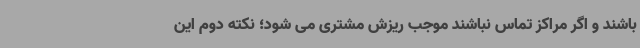
باشند و اگر مراکز تماس نباشند موجب ریزش مشتری می شود؛ نکته دوم این